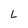
Character: L